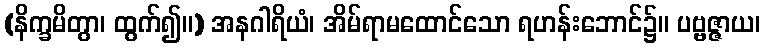
(နိက္ခမိတွာ၊ ထွက်၍။) အနဂါရိယံ၊ အိမ်ရာမထောင်သော ရဟန်းဘောင်၌။ ပဗ္ဗဇ္ဇာယ၊